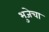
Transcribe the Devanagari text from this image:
भुजेचा